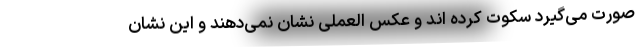
صورت می‌گیرد سکوت کرده اند و عکس العملی نشان نمی‌دهند و این نشان